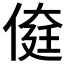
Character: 𠋽